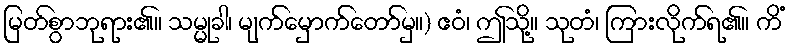
မြတ်စွာဘုရား၏။ သမ္မုခါ၊ မျက်မှောက်တော်မှ။) ဧဝံ၊ ဤသို့။ သုတံ၊ ကြားလိုက်ရ၏။ ကိံ